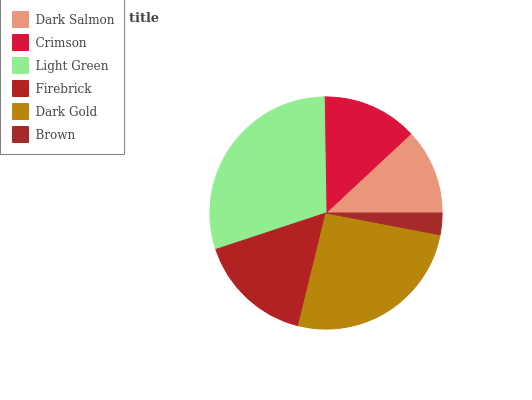
| Dark Salmon | Crimson | Light Green | Firebrick | Dark Gold | Brown |
 | --- | --- | --- | --- | --- | --- |
 | 12% | 13.3% | 29.8% | 16.1% | 25.8% | 3% |